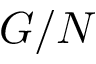
G / N